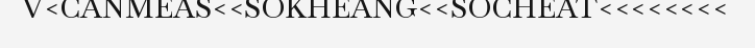
V<CANMEAS<<SOKHEANG<<SOCHEAT<<<<<<<<